Indian journal of veterinary science and animal husbandry - Volumes 18-21, 1948-1951
Year: 1948
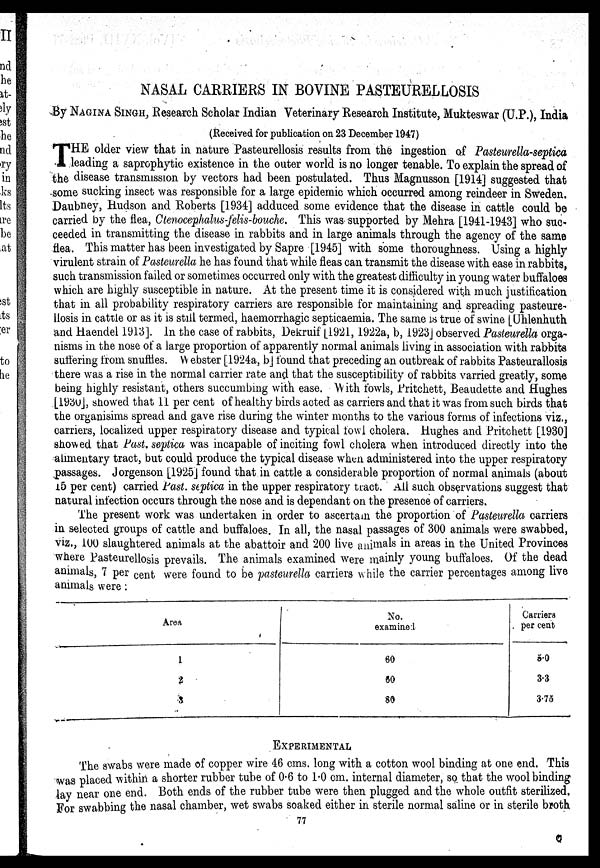
NASAL CARRIERS IN BOVINE PASTEURELLOSIS
By NAGIA SINGH, Research Scholar Indian Veterinary Research Institute, Mukteswar (U.P.), India
(Received for publication on 23 December 1947)
T HE older view that in nature Pasteurellosis results from the ingestion of Pasteurella-septica
leading a saprophytic existence in the outer world is no longer tenable. To explain the spread of
the disease transmission by vectors had been postulated. Thus Magnusson [1914] suggested that
some sucking insect was responsible for a large epidemic which occurred among reindeer in Sweden.
Daubney, Hudson and Roberts [1934] adduced some evidence that the disease in cattle could be
carried by the flea, Ctenocephalus-felis-bouche. This was supported by Mehra [1941-1943] who suc-
ceeded in transmitting the disease in rabbits and in large animals through the agency of the same
flea. This matter has been investigated by Sapre [1945] with some thoroughness. Using a highly
virulent strain of Pasteurella he has found that while fleas can transmit the disease with ease in rabbits,
such transmission failed or sometimes occurred only with the greatest difficulty in young water buffaloes
which are highly susceptible in nature. At the present time it is considered with much justification
that in all probability respiratory carriers are responsible for maintaining and spreading pasteure-
llosis in cattle or as it is still termed, haemorrhagic septicaemia. The same is true of swine [Uhlenhuth
and Haendel 1913]. In the case of rabbits, Dekruif [1921, 1922a, b, 1923] observed Pasteurella orga-
nisms in the nose of a large proportion of apparently normal animals living in association with rabbits
suffering from snuffles. Webster [1924a, b] found that preceding an outbreak of rabbits Pasteurallosis
there was a rise in the normal carrier rate and that the susceptibility of rabbits varried greatly, some
being highly resistant, others succumbing with ease. With fowls, Pritchett, Beaudette and Hughes
[1930], showed that 11 per cent of healthy birds acted as carriers and that it was from such birds that
the organisims spread and gave rise during the winter months to the various forms of infections viz.,
carriers, localized upper respiratory disease and typical fowl cholera. Hughes and Pritchett [1930]
showed that Past. septica was incapable of inciting fowl cholera when introduced directly into the
alimentary tract, but could produce the typical disease when administered into the upper respiratory
passages. Jorgenson [1925] found that in cattle a considerable proportion of normal animals (about
15 per cent) carried Past. septica in the upper respiratory tract. All such observations suggest that
natural infection occurs through the nose and is dependant on the presence of carriers.
The present work was undertaken in order to ascertain the proportion of Pasteurella carriers
in selected groups of cattle and buffaloes. In all, the nasal passages of 300 animals were swabbed,
viz., 100 slaughtered animals at the abattoir and 200 live animals in areas in the United Provinces
where Pasteurellosis prevails. The animals examined were mainly young buffaloes. Of the dead
animals, 7 per cent were found to be pasteurella carriers while the carrier percentages among live
animals were:
Area
1
2
3
No.
examined
60
60
80
Carriers
per cent
5.0
3.3
3.75
EXPERIMENTAL
The swabs were made of copper wire 46 cms. long with a cotton wool binding at one end. This
was placed within a shorter rubber tube of 0.6 to 1.0 cm. internal diameter, so that the wool binding
lay near one end. Both ends of the rubber tube were then plugged and the whole outfit sterilized.
For swabbing the nasal chamber, wet swabs soaked either in sterile normal saline or in sterile broth
77
C